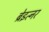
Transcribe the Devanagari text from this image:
ब्रेइत्नर